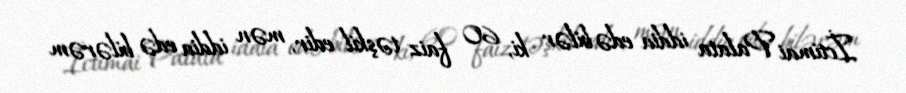
İctimai Palata iddia edə bilər ki, 60 faiz təşkil edir, mən iddia edə bilərəm